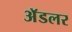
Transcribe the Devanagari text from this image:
अॅडलर